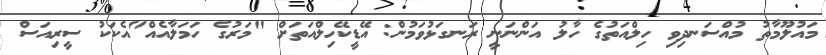
މައުލޫމާތު މުއްސަނދިވި ހިލްއަތުގެ ހާލު އަންނަނީ ރަނގަޅުވަމުން: އޭޑީކޭހިލްއަތަށް "މަރުގެ ހަމަލާއެއް"އެކަކު ސީރިއަސް